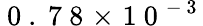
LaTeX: {\mathrm{~0~.~7~8~}\! \times\! \mathrm{~1~0~}^{-\mathrm{~3~}}}